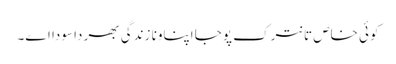
کوئی خاص تانترک پوجا اپناونا زندگی بھر دا سودا اے۔